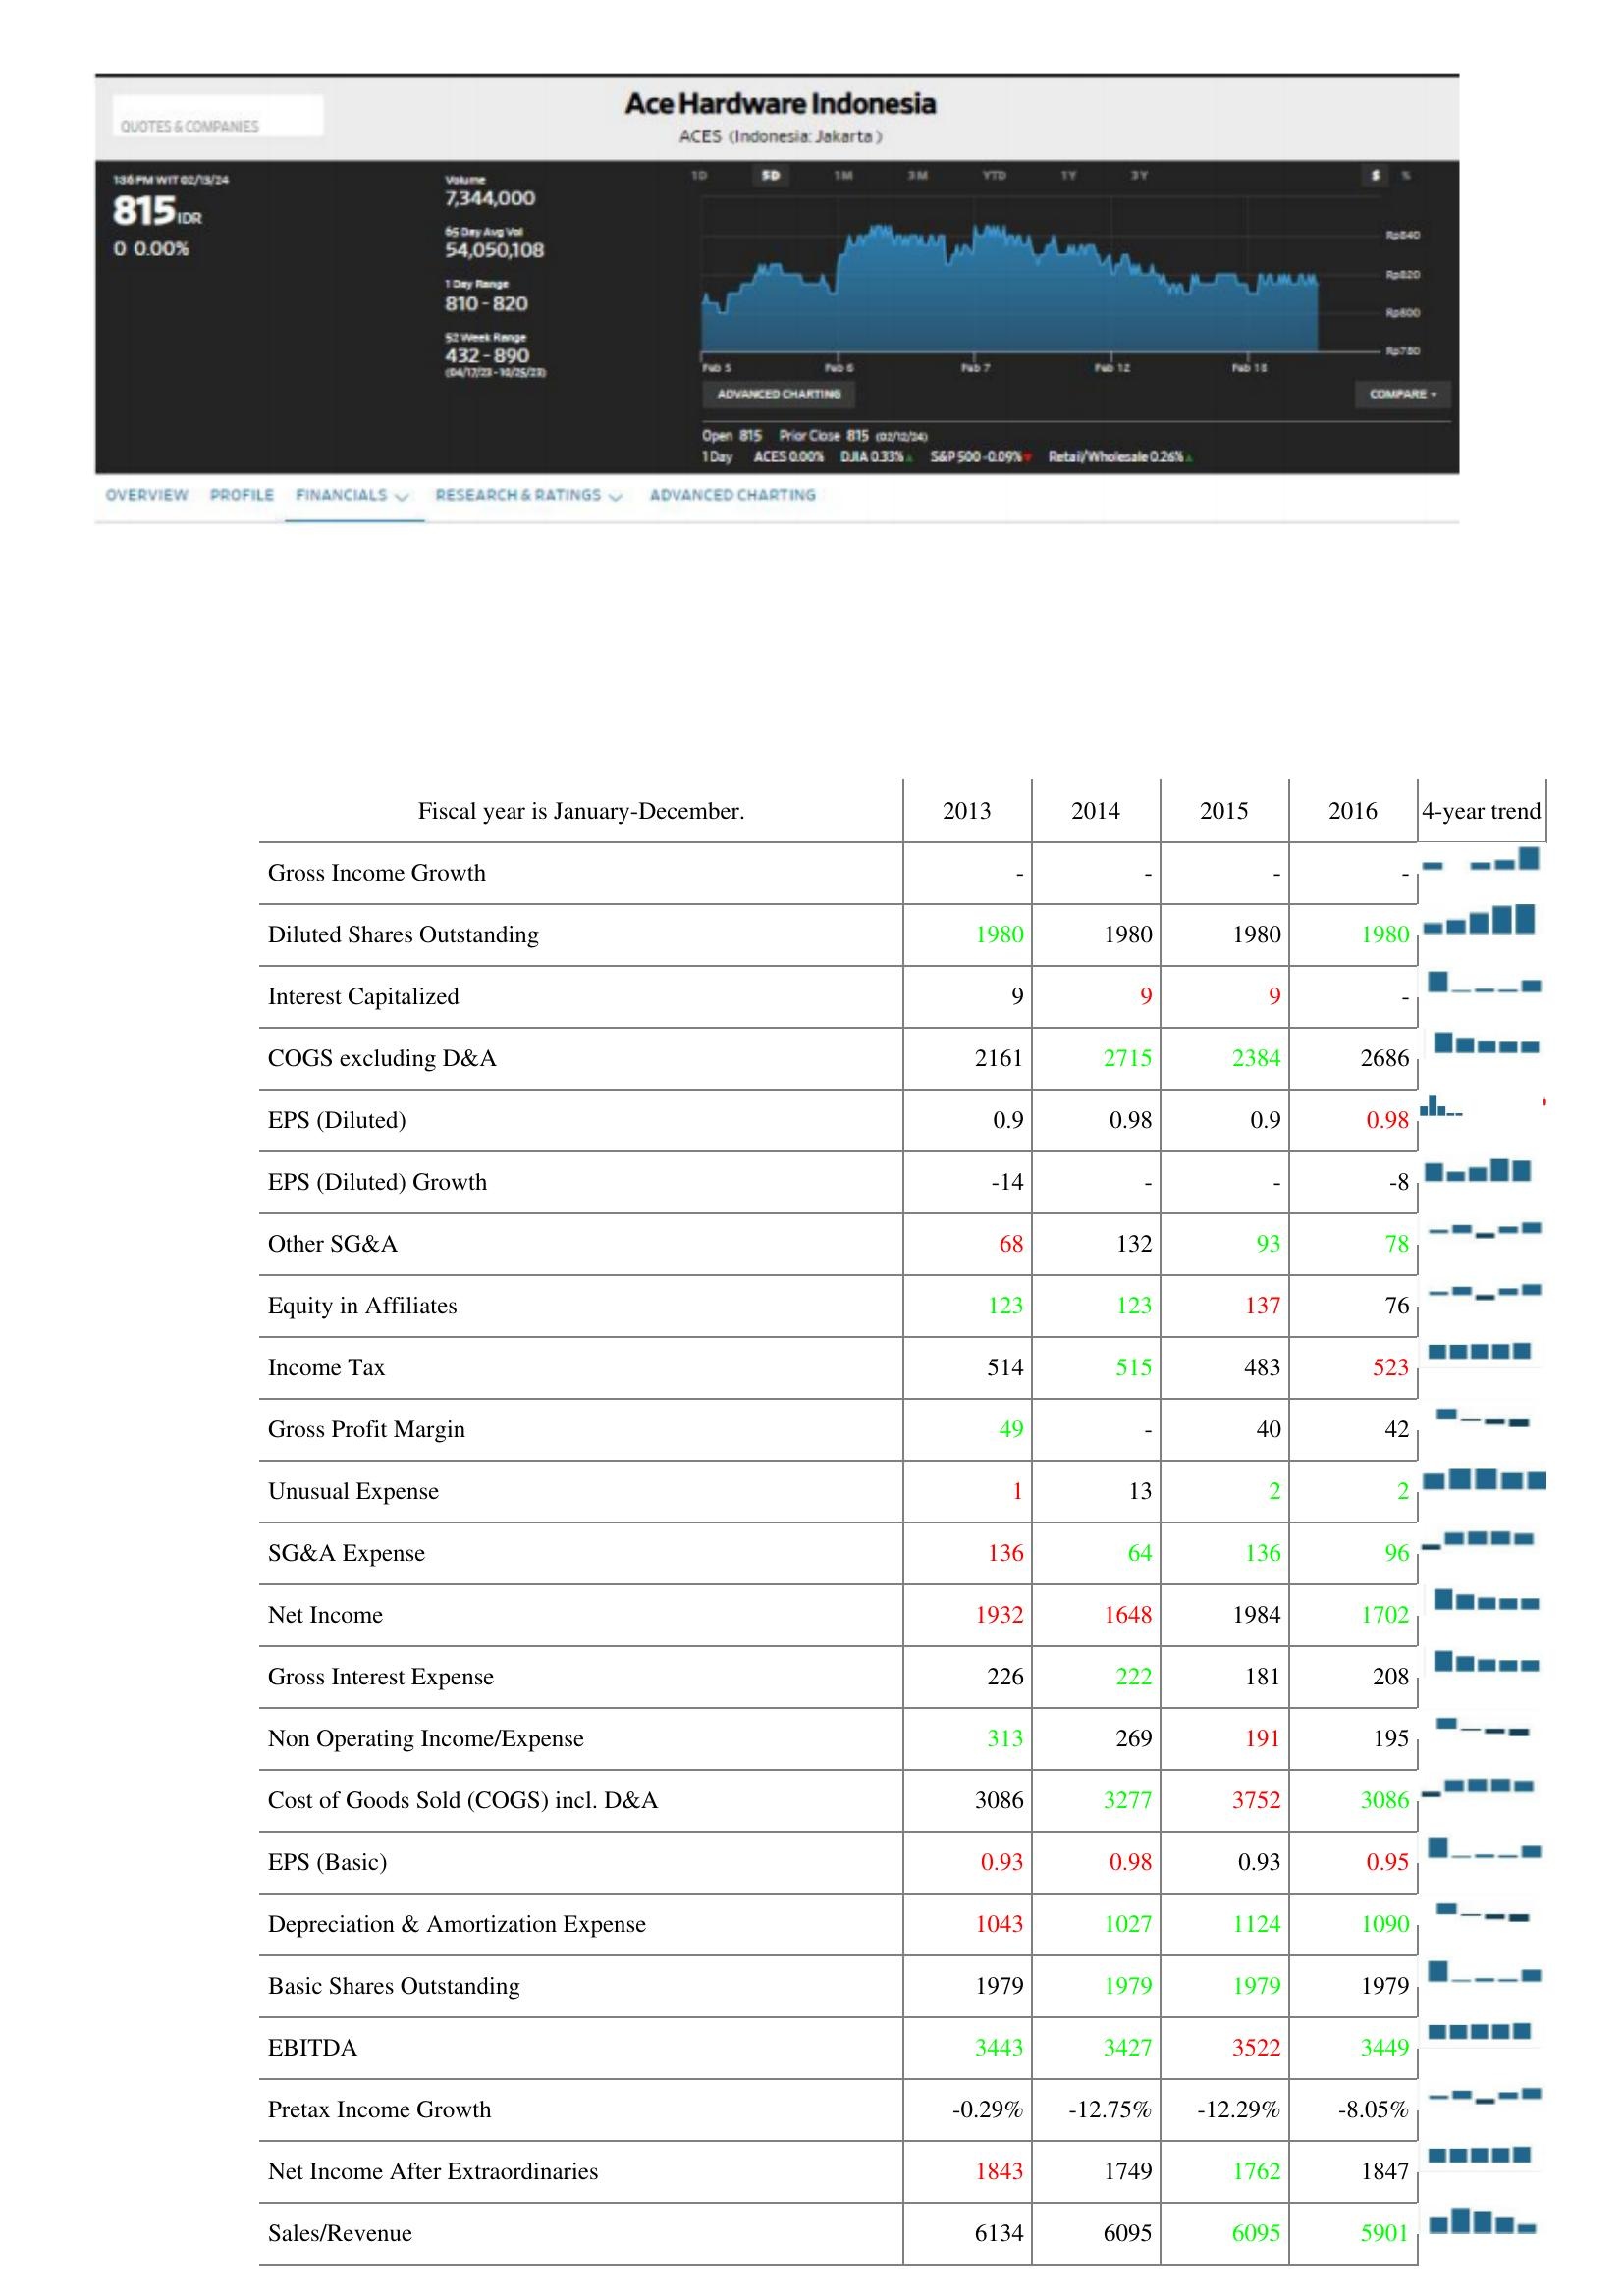
2013: : Gross Income Growth: -
Diluted Shares Outstanding: 1980
Interest Capitalized: 9
COGS excluding D&A: 2161
EPS (Diluted): 0.9
EPS (Diluted) Growth: -14
Other SG&A: 68
Equity in Affiliates: 123
Income Tax: 514
Gross Profit Margin: 49
Unusual Expense: 1
SG&A Expense: 136
Net Income: 1932
Gross Interest Expense: 226
Non Operating Income/Expense: 313
Cost of Goods Sold (COGS) incl. D&A: 3086
EPS (Basic): 0.93
Depreciation & Amortization Expense: 1043
Basic Shares Outstanding: 1979
EBITDA: 3443
Pretax Income Growth: -0.29%
Net Income After Extraordinaries: 1843
Sales/Revenue: 6134
2014: : Gross Income Growth: -
Diluted Shares Outstanding: 1980
Interest Capitalized: 9
COGS excluding D&A: 2715
EPS (Diluted): 0.98
EPS (Diluted) Growth: -
Other SG&A: 132
Equity in Affiliates: 123
Income Tax: 515
Gross Profit Margin: -
Unusual Expense: 13
SG&A Expense: 64
Net Income: 1648
Gross Interest Expense: 222
Non Operating Income/Expense: 269
Cost of Goods Sold (COGS) incl. D&A: 3277
EPS (Basic): 0.98
Depreciation & Amortization Expense: 1027
Basic Shares Outstanding: 1979
EBITDA: 3427
Pretax Income Growth: -12.75%
Net Income After Extraordinaries: 1749
Sales/Revenue: 6095
2015: : Gross Income Growth: -
Diluted Shares Outstanding: 1980
Interest Capitalized: 9
COGS excluding D&A: 2384
EPS (Diluted): 0.9
EPS (Diluted) Growth: -
Other SG&A: 93
Equity in Affiliates: 137
Income Tax: 483
Gross Profit Margin: 40
Unusual Expense: 2
SG&A Expense: 136
Net Income: 1984
Gross Interest Expense: 181
Non Operating Income/Expense: 191
Cost of Goods Sold (COGS) incl. D&A: 3752
EPS (Basic): 0.93
Depreciation & Amortization Expense: 1124
Basic Shares Outstanding: 1979
EBITDA: 3522
Pretax Income Growth: -12.29%
Net Income After Extraordinaries: 1762
Sales/Revenue: 6095
2016: : Gross Income Growth: -
Diluted Shares Outstanding: 1980
Interest Capitalized: -
COGS excluding D&A: 2686
EPS (Diluted): 0.98
EPS (Diluted) Growth: -8
Other SG&A: 78
Equity in Affiliates: 76
Income Tax: 523
Gross Profit Margin: 42
Unusual Expense: 2
SG&A Expense: 96
Net Income: 1702
Gross Interest Expense: 208
Non Operating Income/Expense: 195
Cost of Goods Sold (COGS) incl. D&A: 3086
EPS (Basic): 0.95
Depreciation & Amortization Expense: 1090
Basic Shares Outstanding: 1979
EBITDA: 3449
Pretax Income Growth: -8.05%
Net Income After Extraordinaries: 1847
Sales/Revenue: 5901